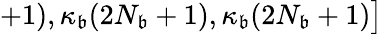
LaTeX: +1),\kappa_{\mathfrak{b}}(2N_{\mathfrak{b}}+1),\kappa_{\mathfrak{b}}(2N_{\mathfrak{b}}+1)\big]